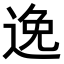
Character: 𨓜